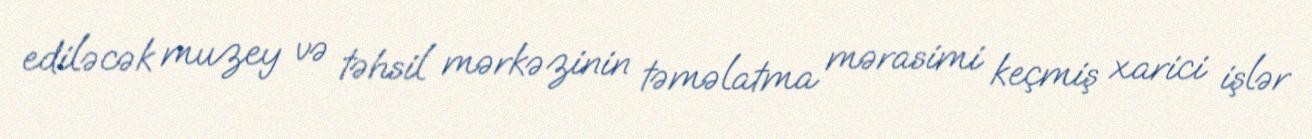
ediləcək muzey və təhsil mərkəzinin təməlatma mərasimi keçmiş xarici işlər